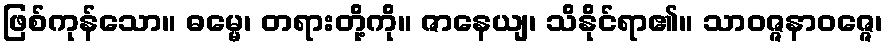
ဖြစ်ကုန်သော။ ဓမ္မေ၊ တရားတို့ကို။ ဇာနေယျ၊ သိနိုင်ရာ၏။ သာဝဇ္ဇနာဝဇ္ဇေ၊